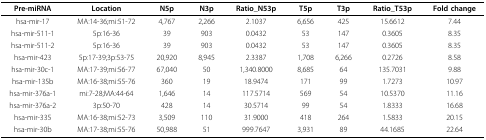
| Pre-miRNA | Location | N5p | N3p | Ratio_N53p | T5p | T3p | Ratio_T53p | Fold change |
 | --- | --- | --- | --- | --- | --- | --- | --- | --- |
 | hsa-mir-17 | MA:14-36;mi:51-72 | 4,767 | 2,266 | 2.1037 | 6,656 | 425 | 15.6612 | 7.44 |
 | hsa-mir-511-1 | 5p:16-36 | 39 | 903 | 0.0432 | 53 | 147 | 0.3605 | 8.35 |
 | hsa-mir-511-2 | 5p:16-36 | 39 | 903 | 0.0432 | 53 | 147 | 0.3605 | 8.35 |
 | hsa-mir-423 | 5p:17-39;3p:53-75 | 20,920 | 8,945 | 2.3387 | 1,708 | 6,266 | 0.2726 | 8.58 |
 | hsa-mir-30c-1 | MA:17-39;mi:56-77 | 67,040 | 50 | 1,340.8000 | 8,685 | 64 | 135.7031 | 9.88 |
 | hsa-mir-135b | MA:16-38;mi:55-76 | 360 | 19 | 18.9474 | 171 | 99 | 1.7273 | 10.97 |
 | hsa-mir-376a-1 | mi:7-28;MA:44-64 | 1,646 | 14 | 117.5714 | 569 | 54 | 10.5370 | 11.16 |
 | hsa-mir-376a-2 | 3p:50-70 | 428 | 14 | 30.5714 | 99 | 54 | 1.8333 | 16.68 |
 | hsa-mir-335 | MA:16-38;mi:52-73 | 3,509 | 110 | 31.9000 | 418 | 264 | 1.5833 | 20.15 |
 | hsa-mir-30b | MA:17-38;mi:55-76 | 50,988 | 51 | 999.7647 | 3,931 | 89 | 44.1685 | 22.64 |